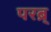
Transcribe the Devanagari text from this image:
परब्र्